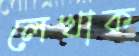
লেখাক